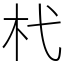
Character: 杙